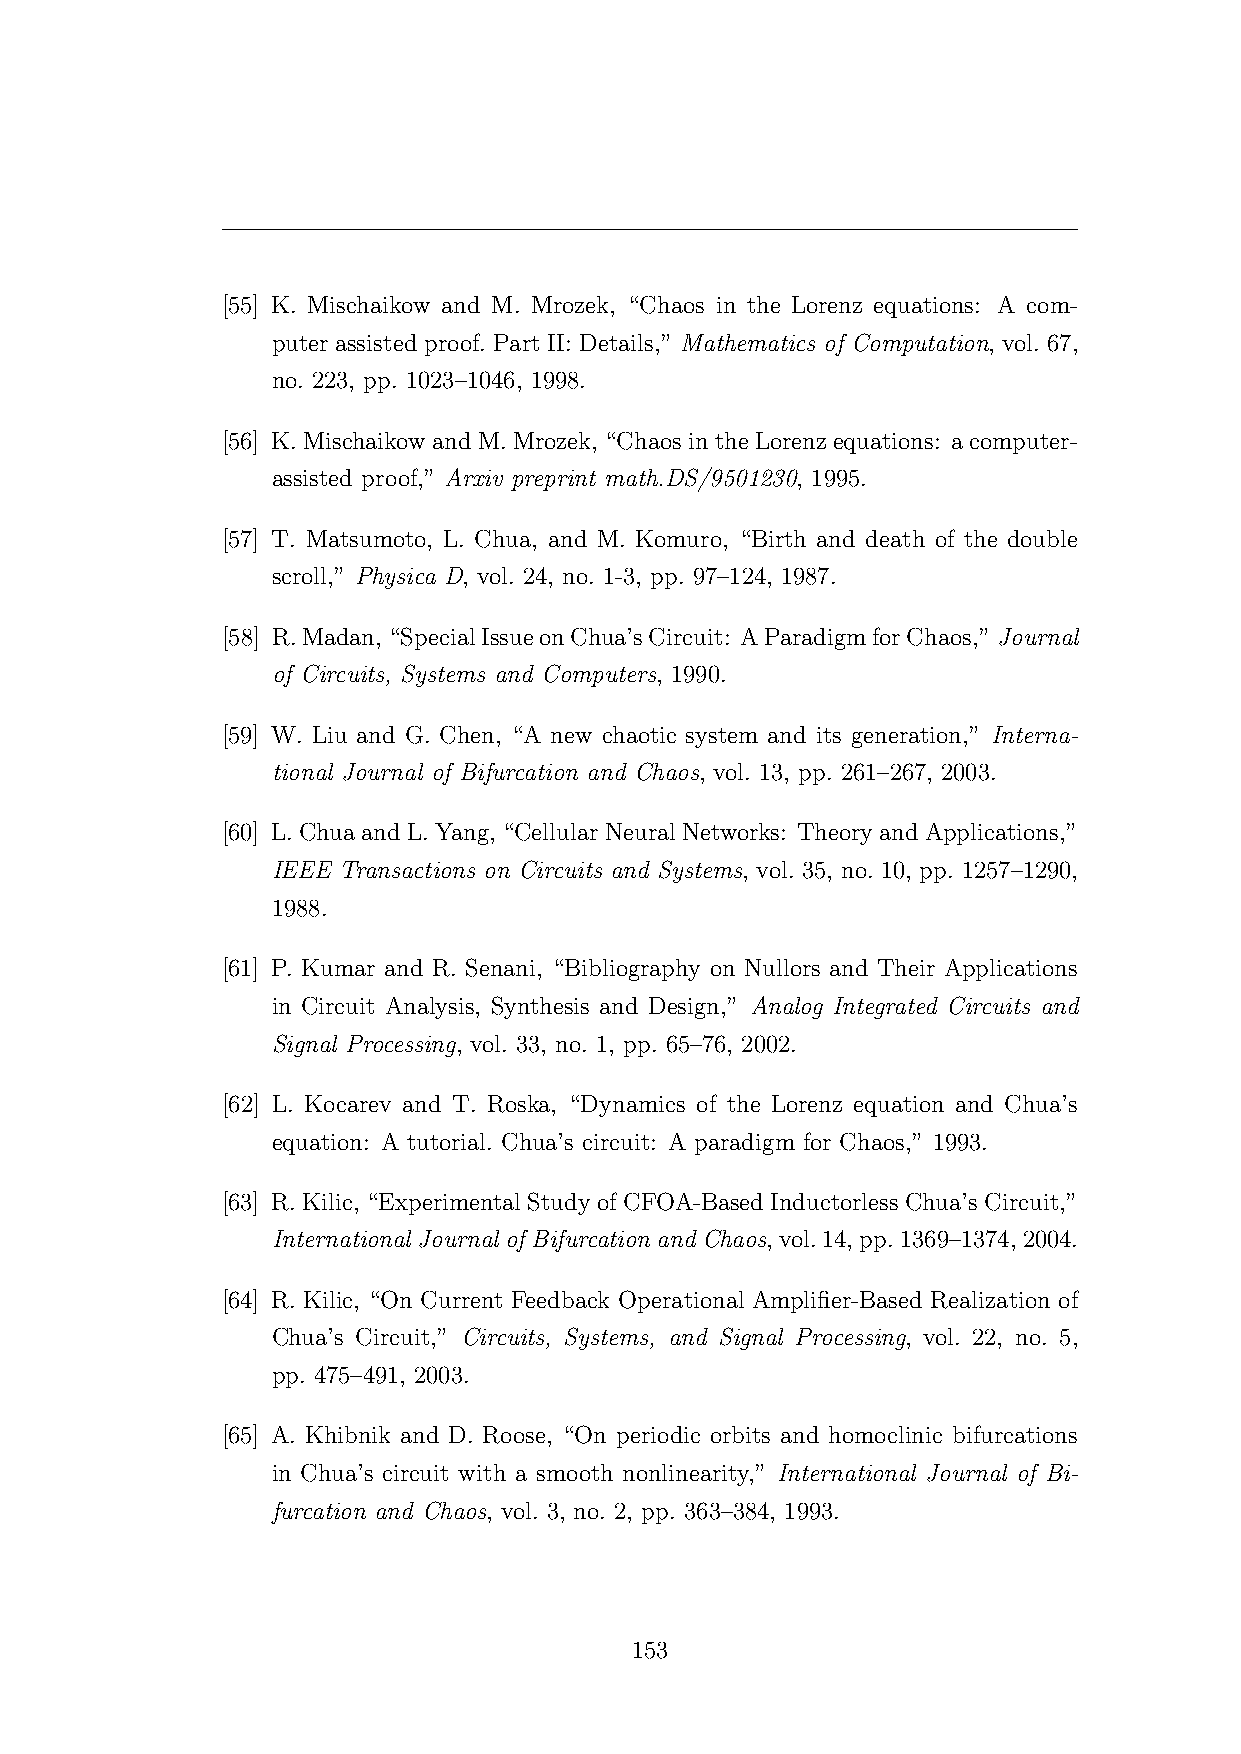
[55] K. Mischaikow and M. Mrozek, “Chaos in the Lorenz equations: A com-
 puter assisted proof. Part II: Details,” Mathematics of Computation, vol. 67,
 no. 223, pp. 1023–1046, 1998.
 [56] K.MischaikowandM.Mrozek, “ChaosintheLorenzequations: acomputer-
 assisted proof,” Arxiv preprint math.DS/9501230, 1995.
 [57] T. Matsumoto, L. Chua, and M. Komuro, “Birth and death of the double
 scroll,” Physica D, vol. 24, no. 1-3, pp. 97–124, 1987.
 [58] R.Madan,“SpecialIssueonChua’sCircuit: AParadigmforChaos,”Journal
 of Circuits, Systems and Computers, 1990.
 [59] W. Liu and G. Chen, “A new chaotic system and its generation,” Interna-
 tional Journal of Bifurcation and Chaos, vol. 13, pp. 261–267, 2003.
 [60] L.ChuaandL.Yang, “CellularNeuralNetworks: TheoryandApplications,”
 IEEE Transactions on Circuits and Systems, vol. 35, no. 10, pp. 1257–1290,
 1988.
 [61] P. Kumar and R. Senani, “Bibliography on Nullors and Their Applications
 in Circuit Analysis, Synthesis and Design,” Analog Integrated Circuits and
 Signal Processing, vol. 33, no. 1, pp. 65–76, 2002.
 [62] L. Kocarev and T. Roska, “Dynamics of the Lorenz equation and Chua’s
 equation: A tutorial. Chua’s circuit: A paradigm for Chaos,” 1993.
 [63] R. Kilic, “Experimental Study of CFOA-Based Inductorless Chua’s Circuit,”
 International Journal of Bifurcation and Chaos,vol.14,pp.1369–1374,2004.
 [64] R. Kilic, “On Current Feedback Operational Amplifier-Based Realization of
 Chua’s Circuit,” Circuits, Systems, and Signal Processing, vol. 22, no. 5,
 pp. 475–491, 2003.
 [65] A. Khibnik and D. Roose, “On periodic orbits and homoclinic bifurcations
 in Chua’s circuit with a smooth nonlinearity,” International Journal of Bi-
 furcation and Chaos, vol. 3, no. 2, pp. 363–384, 1993.
 153